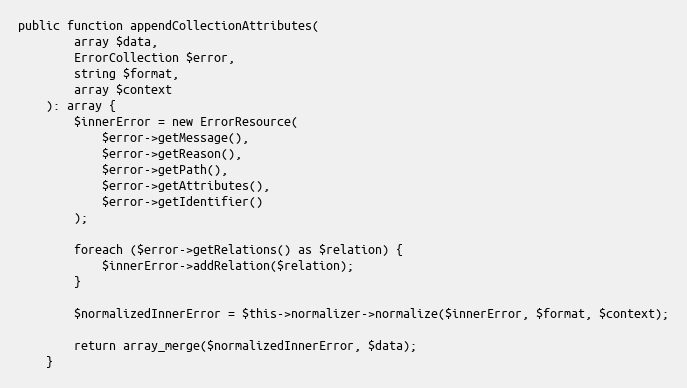
Language: PHP
public function appendCollectionAttributes(
        array $data,
        ErrorCollection $error,
        string $format,
        array $context
    ): array {
        $innerError = new ErrorResource(
            $error->getMessage(),
            $error->getReason(),
            $error->getPath(),
            $error->getAttributes(),
            $error->getIdentifier()
        );

        foreach ($error->getRelations() as $relation) {
            $innerError->addRelation($relation);
        }

        $normalizedInnerError = $this->normalizer->normalize($innerError, $format, $context);

        return array_merge($normalizedInnerError, $data);
    }